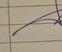
Signature authenticity: genuine